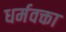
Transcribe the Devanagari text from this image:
धर्मवक्ता